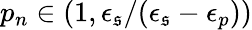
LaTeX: p_{n}\in\displaystyle\left(1,\epsilon_{\mathfrak{s}}/(\epsilon_{\mathfrak{s}}-\epsilon_{p})\right)